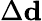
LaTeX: \Delta\mathbf{d}